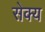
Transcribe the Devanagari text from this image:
सेक्य